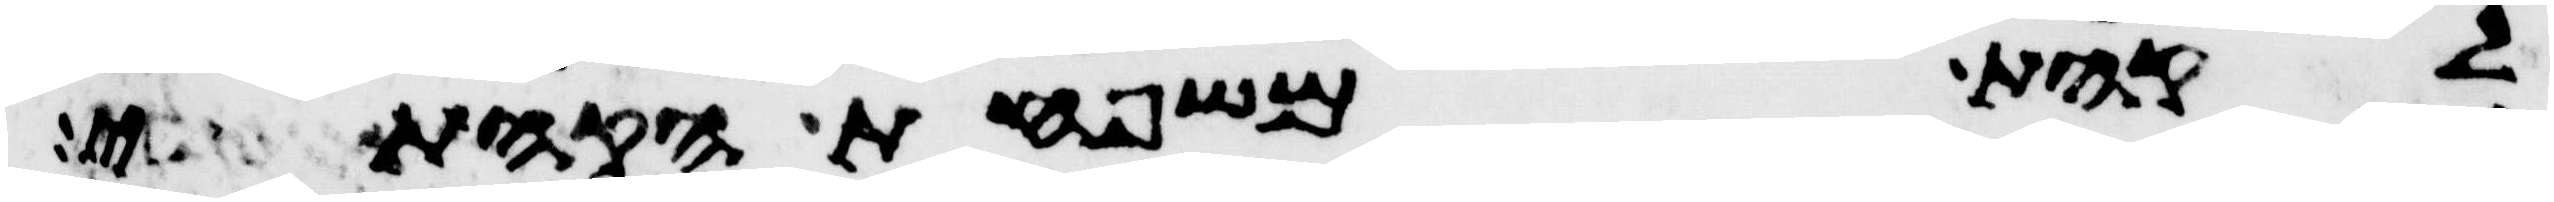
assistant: לקהת משפחת הקהתי